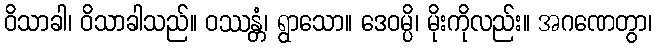
ဝိသာခါ၊ ဝိသာခါသည်။ ဝဿန္တံ၊ ရွာသော။ ဒေဝမ္ပိ၊ မိုးကိုလည်း။ အဂဏေတွာ၊